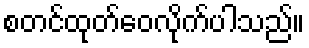
စတင်ထုတ်ဝေလိုက်ပါသည်။